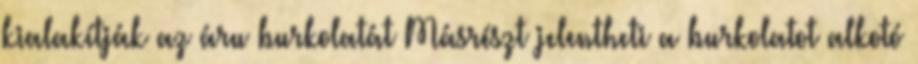
kialakítják az áru burkolatát Másrészt jelentheti a burkolatot alkotó